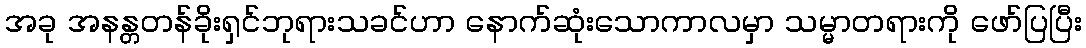
အခု အနန္တတန်ခိုးရှင်ဘုရားသခင်ဟာ နောက်ဆုံးသောကာလမှာ သမ္မာတရားကို ဖော်ပြပြီး